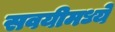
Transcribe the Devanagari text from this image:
सवयीमध्ये